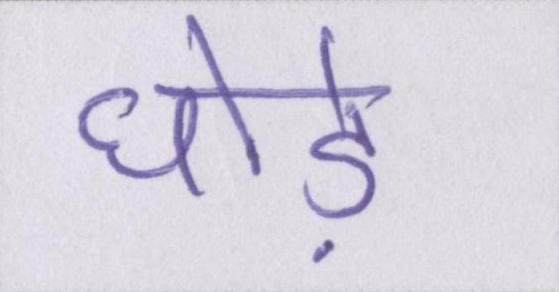
घोड़े